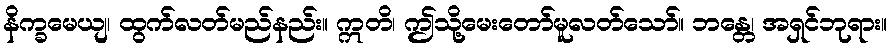
နိက္ခမေယျ၊ ထွက်လတ်မည်နည်း။ ဣတိ၊ ဤသို့မေးတော်မူလတ်သော်။ ဘန္တေ၊ အရှင်ဘုရား။